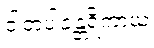
ဝါတပါနန္တရိကာယ